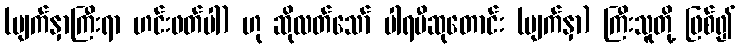
(မျက်နှာကြီးရာ ဟင်းဖတ်ပါ) ဟု ဆိုလတ်သော် ပါရမီဆုတောင်း (မျက်နှာ) ကြီးသူတို့ ဖြစ်၍